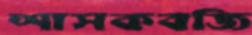
শাসকবজি